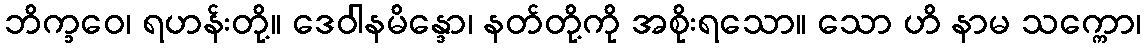
ဘိက္ခဝေ၊ ရဟန်းတို့။ ဒေဝါနမိန္ဒော၊ နတ်တို့ကို အစိုးရသော။ သော ဟိ နာမ သက္ကော၊